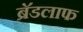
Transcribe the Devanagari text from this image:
ब्रॅडलाफ